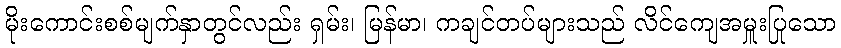
မိုးကောင်းစစ်မျက်နှာတွင်လည်း ရှမ်း၊ မြန်မာ၊ ကချင်တပ်များသည် လိင်ကျေအမှူးပြုသော